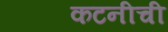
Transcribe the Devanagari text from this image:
कटनीची